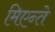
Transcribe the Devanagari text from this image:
मिएन्ते